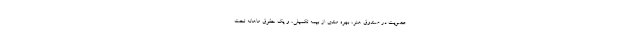
عضویت در صندوق هنر، بهره مندی از بیمه تکمیلی، و یک حقوق ماهانه تحت